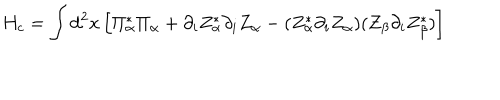
LaTeX: H _ { c } = \int \mathrm { d } ^ { 2 } x \left[ \Pi _ { \alpha } ^ { * } \Pi _ { \alpha } + \partial _ { i } Z _ { \alpha } ^ { * } \partial _ { i } Z _ { \alpha } - ( Z _ { \alpha } ^ { * } \partial _ { i } Z _ { \alpha } ) ( Z _ { \beta } \partial _ { i } Z _ { \beta } ^ { * } ) \right]